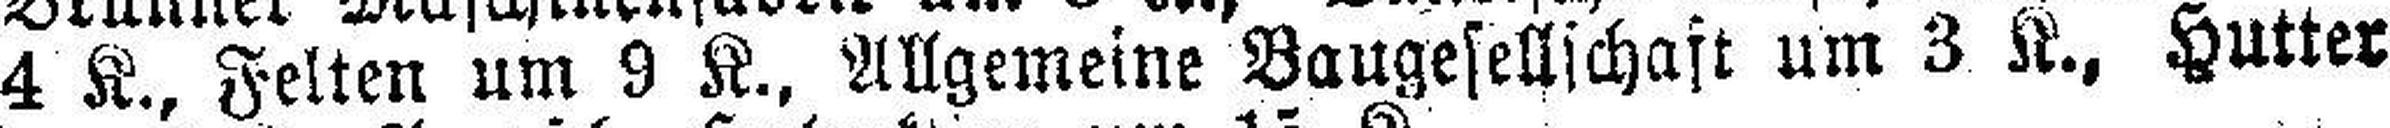
4 K., Felten um 9 K., Allgemeine Baugesellschaft um 3 K., Hutter